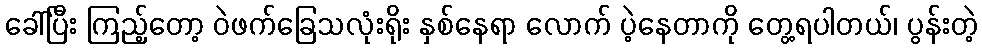
ခေါ်ပြီး ကြည့်တော့ ဝဲဖက်ခြေသလုံးရိုး နှစ်နေရာ လောက် ပဲ့နေတာကို တွေ့ရပါတယ်၊ ပွန်းတဲ့